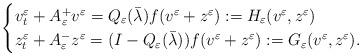
LaTeX: \begin{align*}\begin{cases}v_t^\varepsilon+A_\varepsilon^+ v^\varepsilon = Q_\varepsilon(\bar{\lambda})f(v^\varepsilon+z^\varepsilon):=H_\varepsilon(v^\varepsilon,z^\varepsilon)\\z_t^\varepsilon+A_\varepsilon^- z^\varepsilon = (I-Q_\varepsilon(\bar{\lambda}))f(v^\varepsilon+z^\varepsilon):=G_\varepsilon(v^\varepsilon,z^\varepsilon).\end{cases}\end{align*}